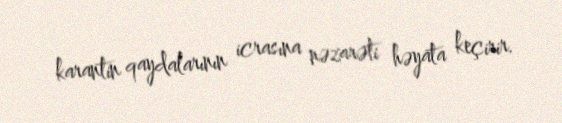
karantin qaydalarının icrasına nəzarəti həyata keçirir.